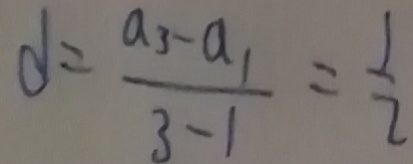
d = \frac { a _ { 3 } - a _ { 1 } } { 3 - 1 } = \frac { 1 } { 2 }